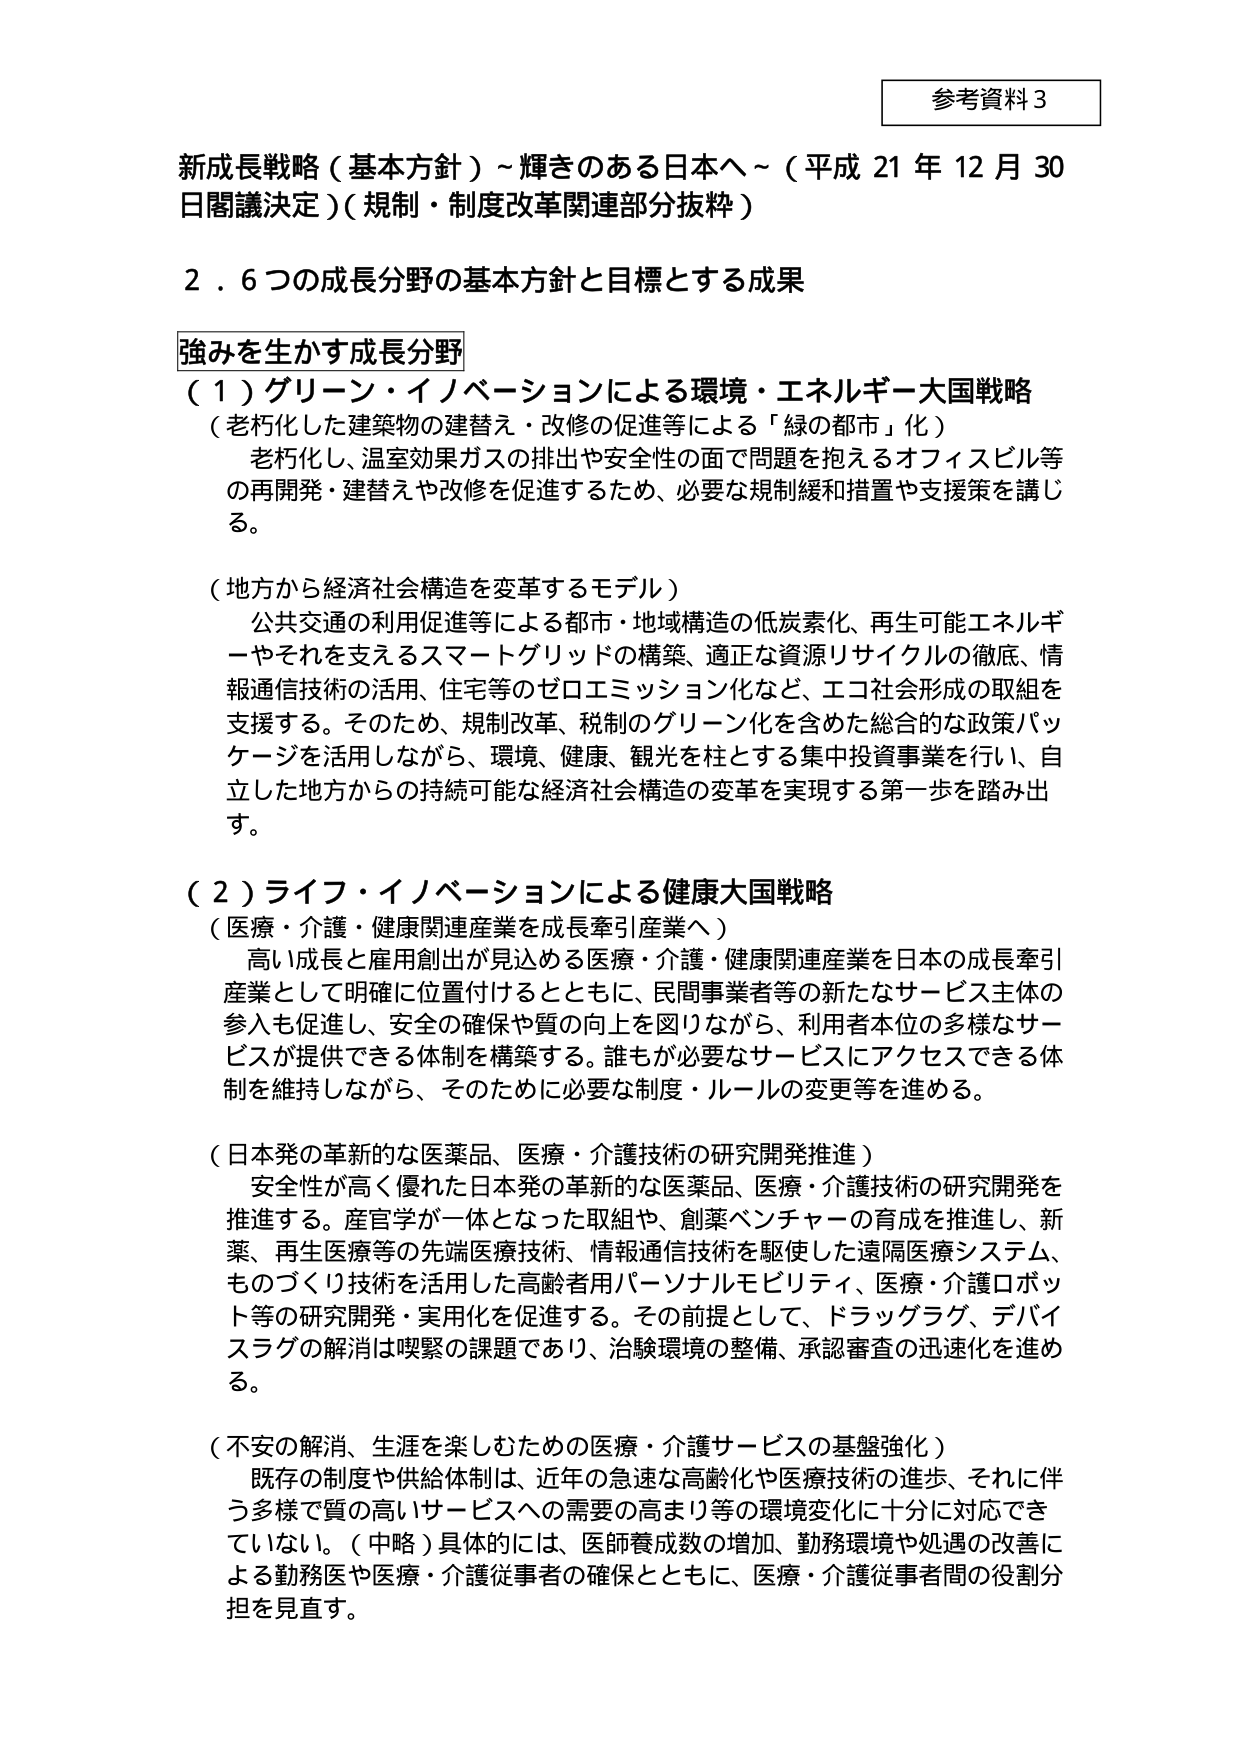
参考資料３

新成長戦略（基本方針）～輝きのある日本へ～（平成21年12月30日閣議決定）（規制・制度改革関連部分抜粋）

２．６つの成長分野の基本方針と目標とする成果

強みを生かす成長分野

（１）グリーン・イノベーションによる環境・エネルギー大国戦略
（老朽化した建築物の建替え・改修の促進等による「緑の都市」化）
　老朽化し、温室効果ガスの排出や安全性の面で問題を抱えるオフィスビル等の再開発・建替えや改修を促進するため、必要な規制緩和措置や支援策を講じる。

（地方から経済社会構造を変革するモデル）
　公共交通の利用促進等による都市・地域構造の低炭素化、再生可能エネルギーやそれを支えるスマートグリッドの構築、適正な資源リサイクルの徹底、情報通信技術の活用、住宅等のゼロエミッション化など、エコ社会形成の取組を支援する。そのため、規制改革、税制のグリーン化を含めた総合的な政策パッケージを活用しながら、環境、健康、観光を柱とする集中投資事業を行い、自立した地方からの持続可能な経済社会構造の変革を実現する第一歩を踏み出す。

（２）ライフ・イノベーションによる健康大国戦略
（医療・介護・健康関連産業を成長牽引産業へ）
　高い成長と雇用創出が見込める医療・介護・健康関連産業を日本の成長牽引産業として明確に位置付けるとともに、民間事業者等の新たなサービス主体の参入も促進し、安全の確保や質の向上を図りながら、利用者本位の多様なサービスが提供できる体制を構築する。誰もが必要なサービスにアクセスできる体制を維持しながら、そのために必要な制度・ルールの変更等を進める。

（日本発の革新的な医薬品、医療・介護技術の研究開発推進）
　安全性が高く優れた日本発の革新的な医薬品、医療・介護技術の研究開発を推進する。産官学が一体となった取組や、創薬ベンチャーの育成を推進し、新薬、再生医療等の先端医療技術、情報通信技術を駆使した遠隔医療システム、ものづくり技術を活用した高齢者用パーソナルモビリティ、医療・介護ロボット等の研究開発・実用化を促進する。その前提として、ドラッグラグ、デバイスラグの解消は喫緊の課題であり、治験環境の整備、承認審査の迅速化を進める。

（不安の解消、生涯を楽しむための医療・介護サービスの基盤強化）
　既存の制度や供給体制は、近年の急速な高齢化や医療技術の進歩、それに伴う多様で質の高いサービスへの需要の高まり等の環境変化に十分に対応できていない。（中略）具体的には、医師養成数の増加、勤務環境や処遇の改善による勤務医や医療・介護従事者の確保とともに、医療・介護従事者間の役割分担を見直す。